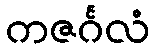
ကဇင်္ဂလံ